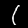
Digit: 1